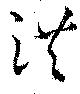
洪